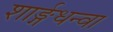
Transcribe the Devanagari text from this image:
शार्ङ्गधन्वा